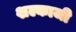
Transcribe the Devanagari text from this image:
शल्काजी